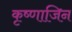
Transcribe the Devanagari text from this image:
कृष्णाजिन